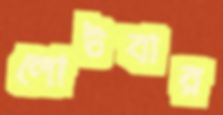
লোটবার